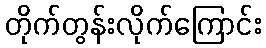
တိုက်တွန်းလိုက်ကြောင်း